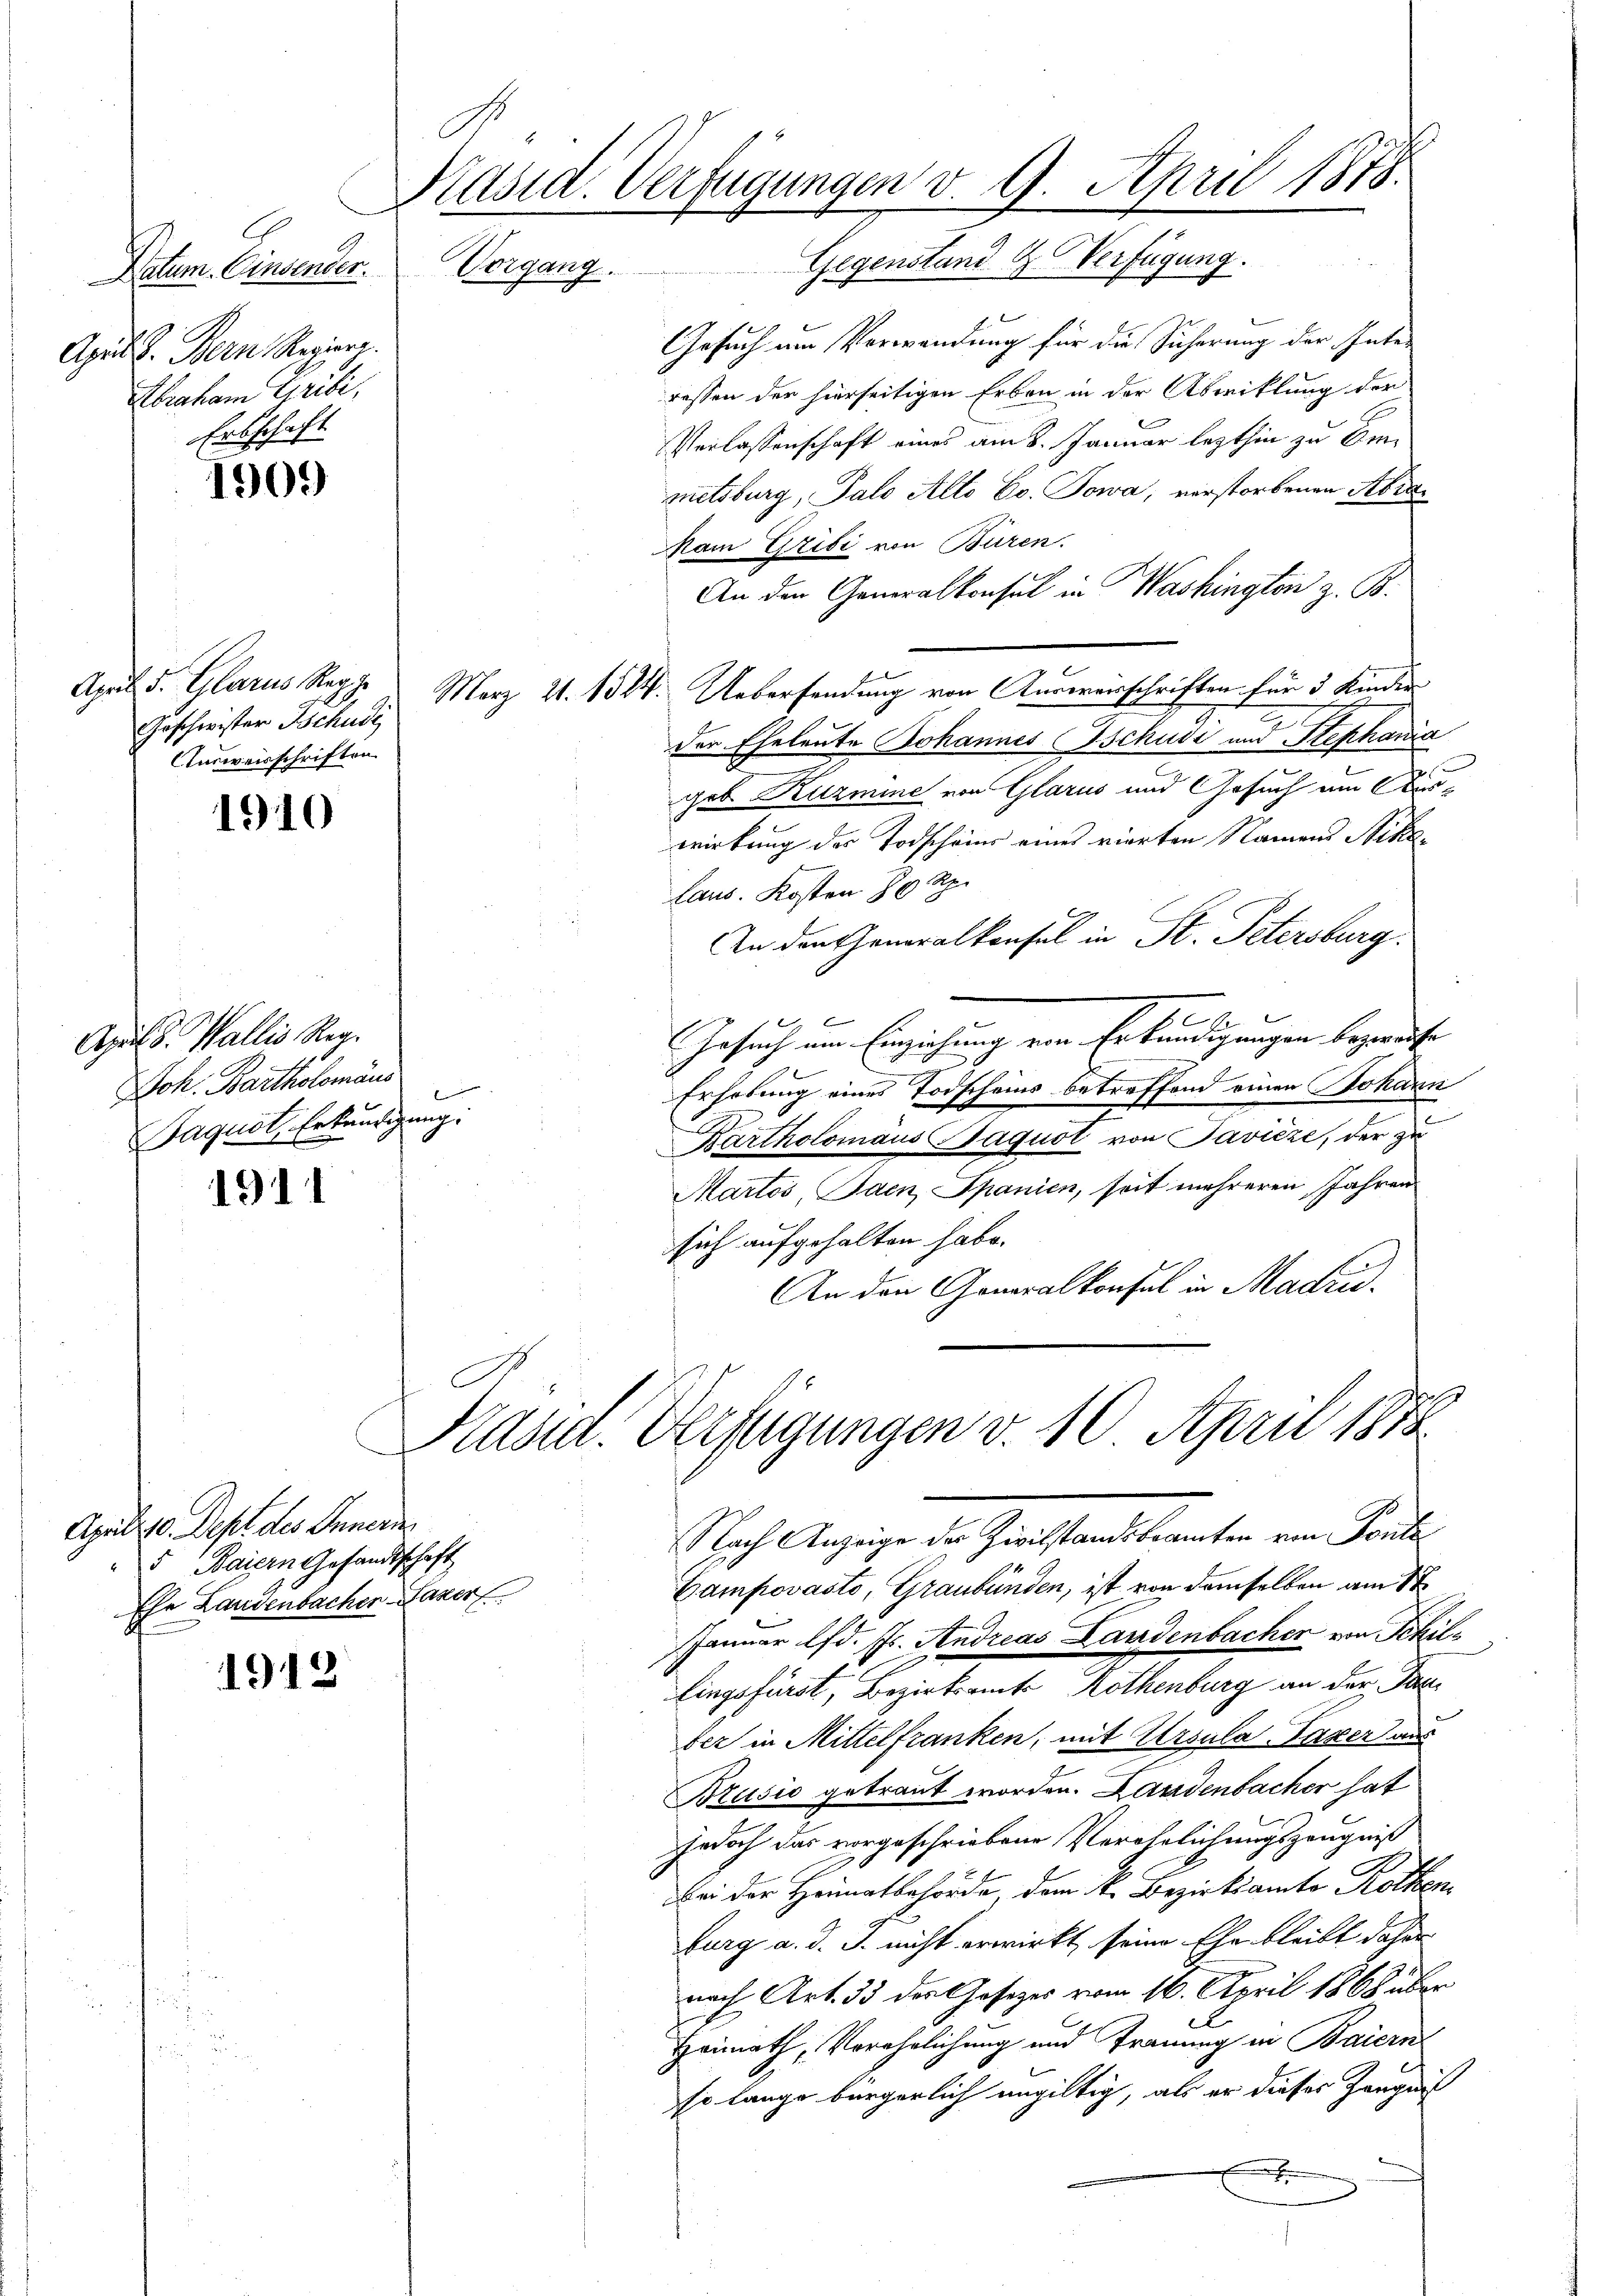
Datum. Einsender. Vorgang.
April d. Bern Regiere.
Abraham Pribi.
Erbschaft

1909

Geschwister Bchud
Ausweisschriften

1910

Aprils. Wallis Reg.
Joh. Bartholomäus
Paquit, Erkundigung:

1911

1912

G
Präsid. Verfügungen v. 9. April 1878.
Gegenstand & Verfügung.

Gesuch um Verwendung für die Sicherung der Inte-
ressen der hierseitigen Erben in der Abwicklung der
Verlassenschaft eines am 8. Januar lezthin zu bemetsburg, Palo Alto Co. Sowa, verstorbenen Abra
Mam Gribi von Büren.
An den Generalkonsul in Washingten z. B.
April d. Glarus Rep. März 21. 1824. Uebersendung von Anvereisschriften für 5 Kinder
der Eheleute Johannes schudi und Stephania
geb. Kuzmine von Glarus und Gesuch um Auswirkung des Todschönes eines vierten Namens Stika¬
Laus. Kosten 80 Rp.
In den Generalkonsul in St. Petersburg.
.
Gesuch vom Einziehung ein Erkundigungen beaufte
Erhebung eines Todscheins betreffend einen Johann
Bartholomans Jaquot von Pavicze, der zu
Martos, Jaen Spanien, seit mehreren Jahren
sich aufgehalten habe.
An den Generalkonsul in Madri

April 10. Dept des Innern
5 Baiern Gesandtschaft
Ehe Landenbachen Saxer

Präsid. Verfügungen v. 10. April 1878
Nach Anzeige der Zivilstandsbeamten von Fonta

Gampovasto, Graubünden, ist von demselben am 1t
Januar lfd. Js. Andreas Landenbacher von Schillingsfürst, Bezirksamts Rothenburg an der Pari
ber in Mittelfranken, mit Ursula-Taxer aus
Brusio getraut worden. Landenbacher hat
jedoch das vorgeschriebene Verehrlichungszeugniß
Bei der Heimatbehörde, dem k. Bezirksamte Rothen
burg a. d. J. nicht erwirkt, seine Ehe bleibt daher
nach Art. 33 des Gesetzes vom 16. April 1868 über
Heimath, Verehrlichung und Trauung in Baiern
so lange bürgerlich ungültig, als er dieser Zeugnis
x